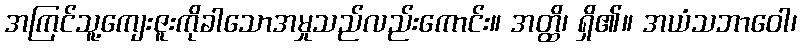
အကြင်သူ့ကျေးဇူးကိုခါသောအမှုသည်လည်းကောင်း။ အတ္ထိ၊ ရှိ၏။ အယံသဘာဝေါ၊